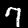
Digit: 7